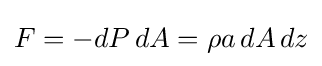
F=-dP\,dA=\rho a\,dA\,dz